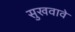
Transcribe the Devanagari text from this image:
सुखवावे